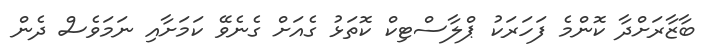
ބާޒާރަށްދާ ކޮންމެ ފަހަރަކު ޕްލާސްޓިކް ކޮތަޅު ގެއަށް ގެނެވޭ ކަމަށާއި ނަމަވެސް ދެން